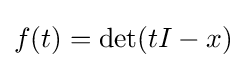
f(t)=\operatorname {det} (tI-x)